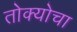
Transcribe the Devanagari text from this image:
तोक्योचा